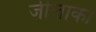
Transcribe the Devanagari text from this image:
जीलाका